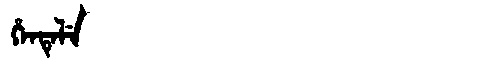
Manchu: ᡥᡝᠨᡨᡝᠯᡝ
Romanization: HENTELE